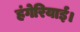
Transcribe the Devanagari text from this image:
हंगेरियाई।